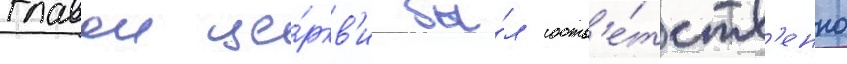
главои це́ркв'и бы́л соотв'е́тств'енно